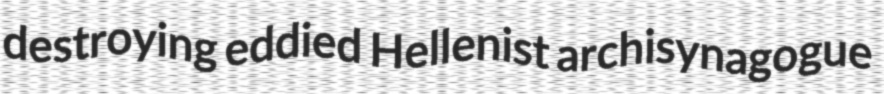
destroying eddied Hellenist archisynagogue